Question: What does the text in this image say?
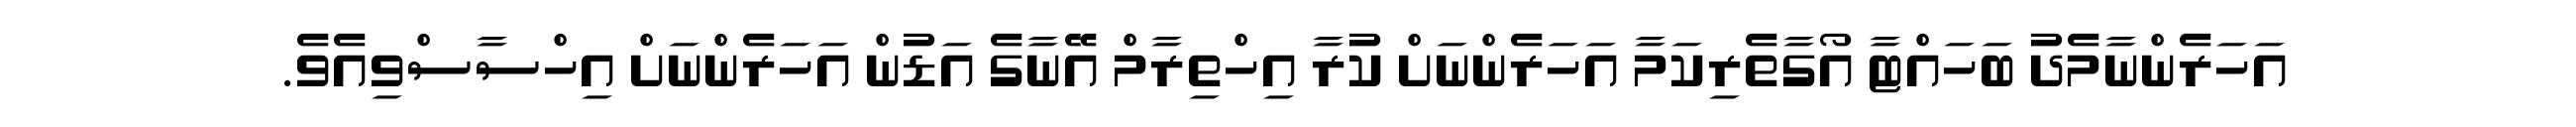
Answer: އަހަރެންނާމެދު ބަހައްޓާ އޯގާތެރިކަމާ އަހަރެންނަށް ކުރާ އިހްތިރާމް އޭނާގެ އަޑުން އަހަރެންނަށް އިހްސާސްވިއެވެ.